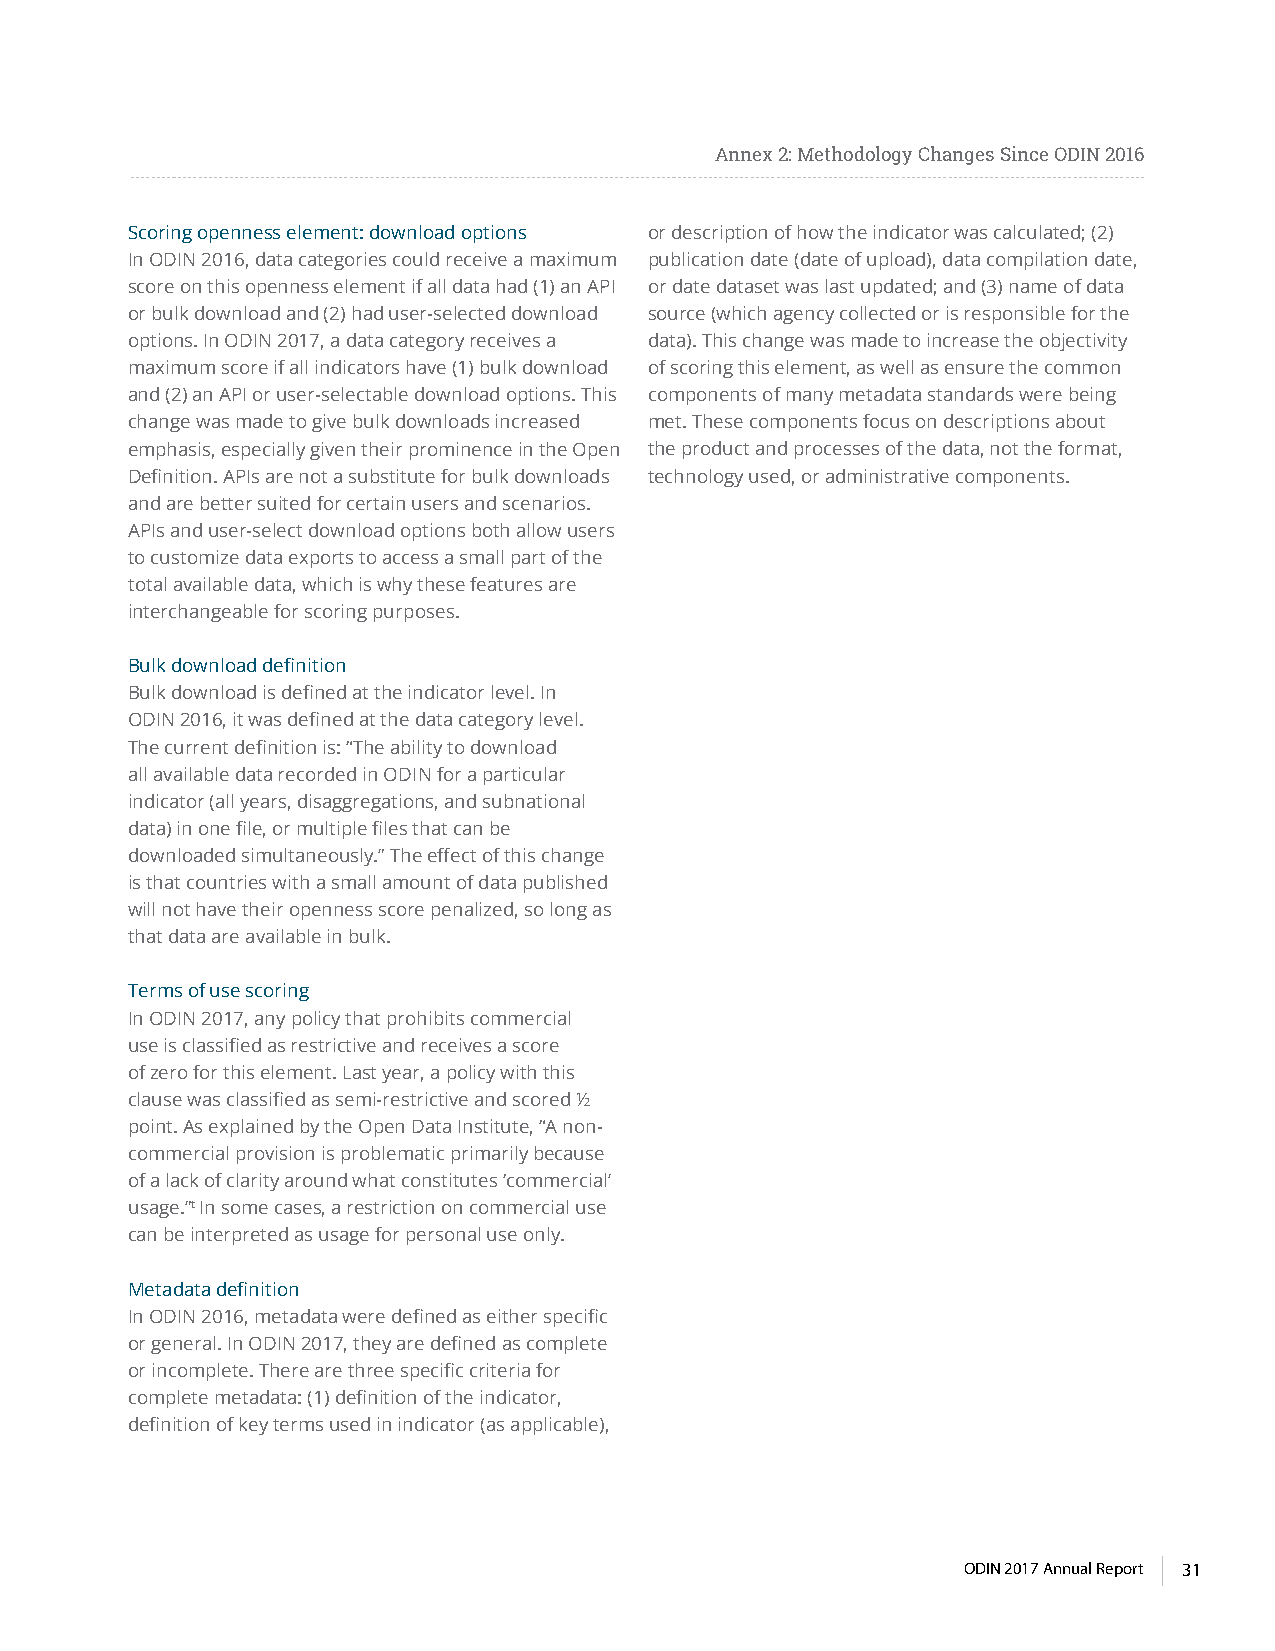
Annex 2: Methodology Changes Since ODIN 2016
 Scoring openness element: download options or description of how the indicator was calculated; (2)
 In ODIN 2016, data categories could receive a maximum publication date (date of upload), data compilation date,
 score on this openness element if all data had (1) an API or date dataset was last updated; and (3) name of data
 or bulk download and (2) had user-selected download source (which agency collected or is responsible for the
 options. In ODIN 2017, a data category receives a data). This change was made to increase the objectivity
 maximum score if all indicators have (1) bulk download of scoring this element, as well as ensure the common
 and (2) an API or user-selectable download options. This components of many metadata standards were being
 change was made to give bulk downloads increased met. These components focus on descriptions about
 emphasis, especially given their prominence in the Open the product and processes of the data, not the format,
 Definition. APIs are not a substitute for bulk downloads technology used, or administrative components.
 and are better suited for certain users and scenarios.
 APIs and user-select download options both allow users
 to customize data exports to access a small part of the
 total available data, which is why these features are
 interchangeable for scoring purposes.
 Bulk download definition
 Bulk download is defined at the indicator level. In
 ODIN 2016, it was defined at the data category level.
 The current definition is: “The ability to download
 all available data recorded in ODIN for a particular
 indicator (all years, disaggregations, and subnational
 data) in one file, or multiple files that can be
 downloaded simultaneously.” The effect of this change
 is that countries with a small amount of data published
 will not have their openness score penalized, so long as
 that data are available in bulk.
 Terms of use scoring
 In ODIN 2017, any policy that prohibits commercial
 use is classified as restrictive and receives a score
 of zero for this element. Last year, a policy with this
 clause was classified as semi-restrictive and scored ½
 point. As explained by the Open Data Institute, “A non-
 commercial provision is problematic primarily because
 of a lack of clarity around what constitutes ‘commercial’
 usage.”t In some cases, a restriction on commercial use
 can be interpreted as usage for personal use only.
 Metadata definition
 In ODIN 2016, metadata were defined as either specific
 or general. In ODIN 2017, they are defined as complete
 or incomplete. There are three specific criteria for
 complete metadata: (1) definition of the indicator,
 definition of key terms used in indicator (as applicable),
 ODIN 2017 Annual Report 31